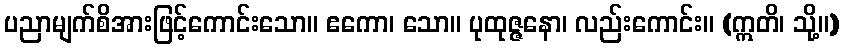
ပညာမျက်စိအားဖြင့်ကောင်းသော။ ဧကော၊ သော။ ပုထုဇ္ဇနော၊ လည်းကောင်း။ (ဣတိ၊ သို့။)